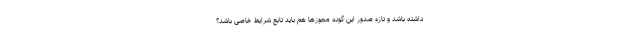
داشته باشد و تازه صدور این گونه مجوزها هم باید تابع شرایط خاصی باشد؟